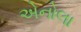
એનોલા